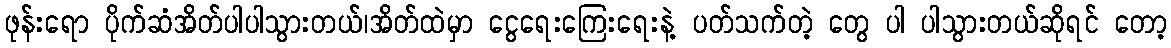
ဖုန်းရော ပိုက်ဆံအိတ်ပါပါသွားတယ်၊အိတ်ထဲမှာ ငွေရေးကြေးရေးနဲ့ ပတ်သက်တဲ့ တွေ ပါ ပါသွားတယ်ဆိုရင် တော့